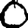
Digit: 0